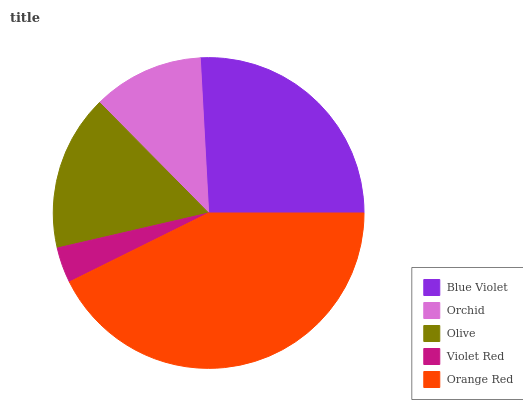
| Blue Violet | Orchid | Olive | Violet Red | Orange Red |
 | --- | --- | --- | --- | --- |
 | 25.8% | 11.5% | 16.2% | 3.71% | 42.7% |